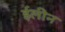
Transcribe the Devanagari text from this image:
ईलीन